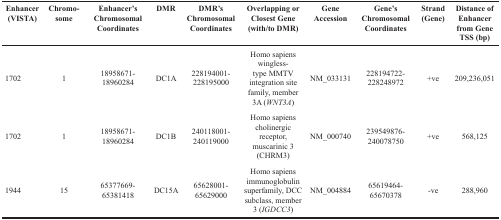
| Enhancer (VISTA) | Chromo-some | Enhancer's Chromosomal Coordinates | DMR | DMR's Chromosomal Coordinates | Overlapping or Closest Gene (with/to DMR) | Gene Accession | Gene's Chromosomal Coordinates | Strand (Gene) | Distance of Enhancer from Gene TSS (bp) |
 | --- | --- | --- | --- | --- | --- | --- | --- | --- | --- |
 | 1702 | 1 | 18958671- 18960284 | DC1A | 228194001- 228195000 | Homo sapiens wingless-type MMTV integration site family, member 3A (WNT3A) | NM_033131 | 228194722- 228248972 | +ve | 209,236,051 |
 | 1702 | 1 | 18958671- 18960284 | DC1B | 240118001- 240119000 | Homo sapiens cholinergic receptor, muscarinic 3 (CHRM3) | NM_000740 | 239549876- 240078750 | +ve | 568,125 |
 | 1944 | 15 | 65377669- 65381418 | DC15A | 65628001- 65629000 | Homo sapiens immunoglobulin superfamily, DCC subclass, member 3 (IGDCC3) | NM_004884 | 65619464- 65670378 | −ve | 288,960 |